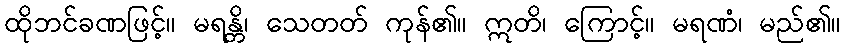
ထိုဘင်ခဏဖြင့်။ မရန္တိ၊ သေတတ် ကုန်၏။ ဣတိ၊ ကြောင့်။ မရဏံ၊ မည်၏။